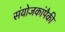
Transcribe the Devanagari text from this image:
संयोजकांपैकी